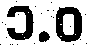
၁.ဝ